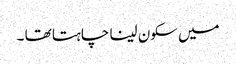
میں سکون لینا چاہتا تھا ۔